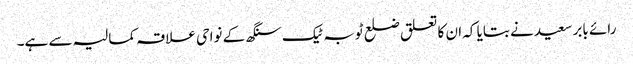
رائے بابر سعید نے بتایا کہ ان کا تعلق ضلع ٹوبہ ٹیک سنگھ کے نواحی علاقہ کمالیہ سے ہے۔